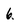
Character: 6